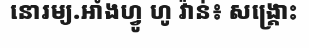
នោរម្យ.អាំងហ្វូ ហូ វ៉ាន់៖ សង្គ្រោះ